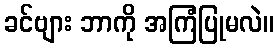
ခင်ဗျား ဘာကို အကြံပြုမလဲ။